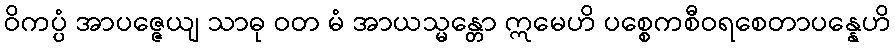
ဝိကပ္ပံ အာပဇ္ဇေယျ သာဓု ဝတ မံ အာယသ္မန္တော ဣမေဟိ ပစ္စေကစီဝရစေတာပန္နေဟိ